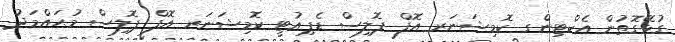
ގުޅޭގޮތުން އެކްޓިންގ ކޮމިޝަނަރ އޮފް ޕޮލިސް ޑެޕިއުޓީ ކޮމިޝަނަރ އޮފް ޕޮލިސް މުޙައްމަދު